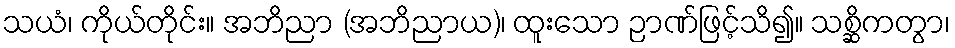
သယံ၊ ကိုယ်တိုင်း။ အဘိညာ (အဘိညာယ)၊ ထူးသော ဉာဏ်ဖြင့်သိ၍။ သစ္ဆိကတွာ၊